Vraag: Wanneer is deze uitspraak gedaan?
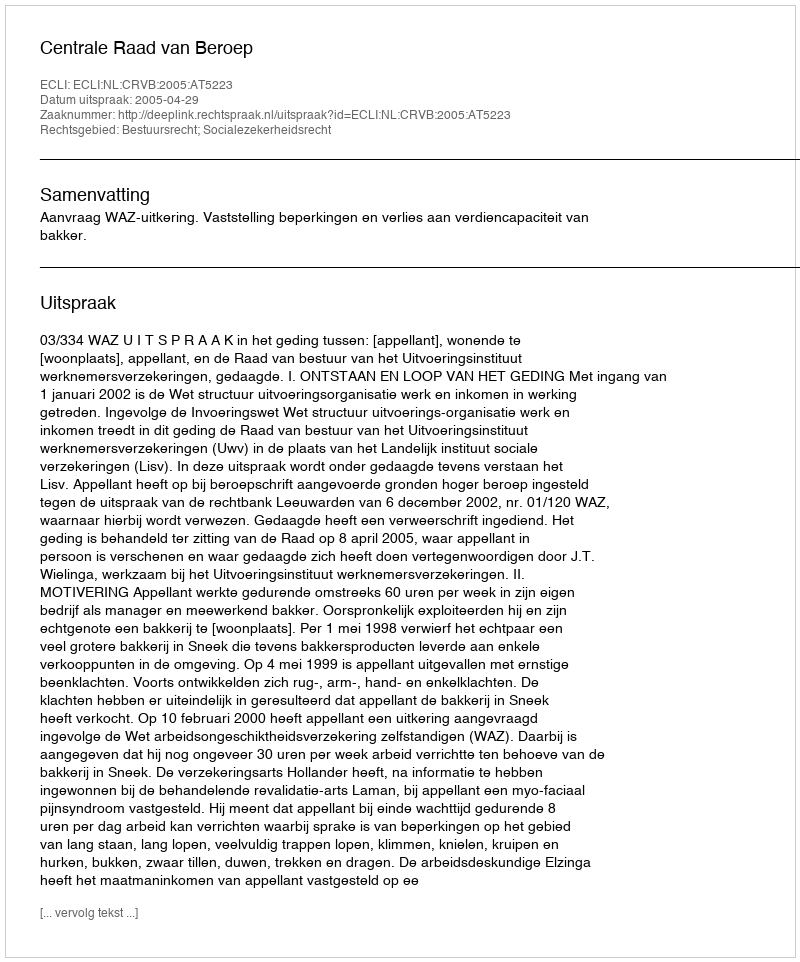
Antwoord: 2005-04-29